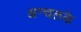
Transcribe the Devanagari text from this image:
अन्चलके